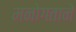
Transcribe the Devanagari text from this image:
मनोगताने